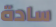
سادة